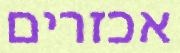
אכזרים